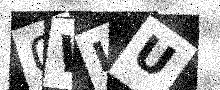
Text: 0WIU